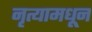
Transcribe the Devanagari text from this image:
नृत्यामधून